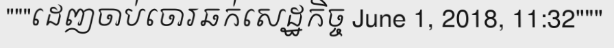
"""ដេញចាប់ចោរឆក់សេដ្ឋកិច្ច June 1, 2018, 11:32"""